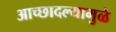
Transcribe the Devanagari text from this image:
आच्छादल्यामुळे